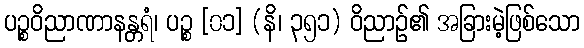
ပဉ္စဝိညာဏာနန္တရံ၊ ပဉ္စ [၀၁] (နိ၊ ၃၅၁) ဝိညာဉ်၏ အခြားမဲ့ဖြစ်သော